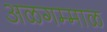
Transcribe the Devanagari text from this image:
अळगम्माळ